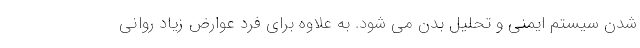
شدن سیستم ایمنی و تحلیل بدن می شود. به علاوه برای فرد عوارض زیاد روانی